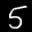
Label: 5